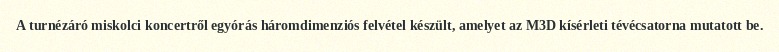
A turnézáró miskolci koncertről egyórás háromdimenziós felvétel készült, amelyet az M3D kísérleti tévécsatorna mutatott be.